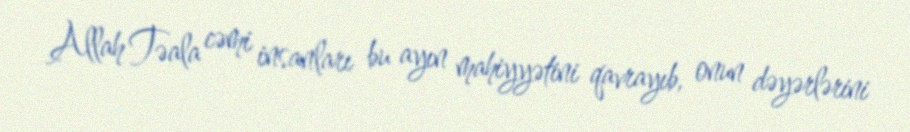
Allah Təala cəmi insanları bu ayın mahiyyətini qavrayıb, onun dəyərlərini